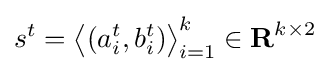
s^{t}=\left\langle (a_{i}^{t},b_{i}^{t})\right\rangle _{i=1}^{k}\in {\textbf {R}}^{k\times 2}